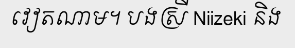
វៀតណាម។ បងស្រី Niizeki និង